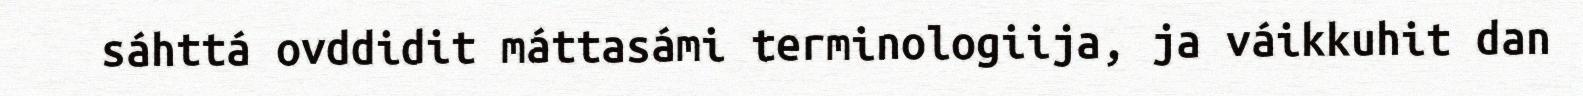
sáhttá ovddidit máttasámi terminologiija, ja váikkuhit dan